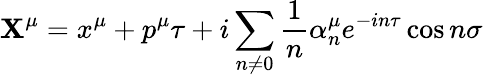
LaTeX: \mathbf{X}^{\mu}=x^{\mu}+p^{\mu}\tau+i\sum_{n\neq0}\frac{{1}}{{n}}{\alpha}_{n}^{\mu}e^{-in\tau}\cos{n\sigma}